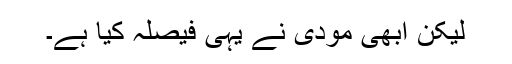
لیکن ابھی مودی نے یہی فیصلہ کیا ہے۔